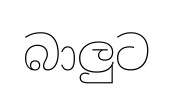
බාලුට